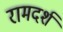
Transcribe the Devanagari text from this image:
रामदर्श